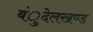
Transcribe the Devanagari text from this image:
बंुदेलखण्ड